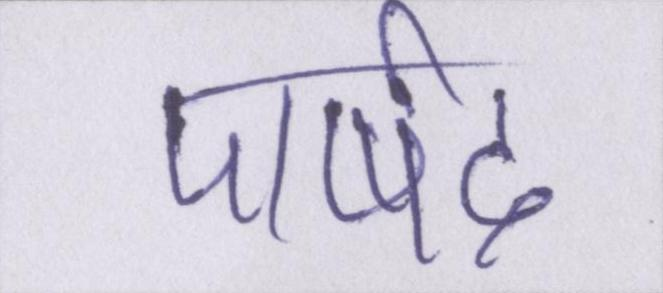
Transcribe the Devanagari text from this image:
पार्षद